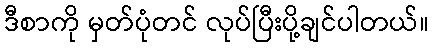
ဒီစာကို မှတ်ပုံတင် လုပ်ပြီးပို့ချင်ပါတယ်။